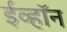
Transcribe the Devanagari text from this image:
ईव्हॉन